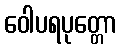
ဝေါပရပုတ္တော